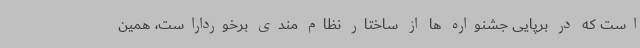
است که در برپایی جشنواره ها از ساختار نظام مندی برخورداراست، همین